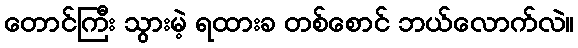
တောင်ကြီး သွားမဲ့ ရထားခ တစ်စောင် ဘယ်လောက်လဲ။